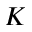
K